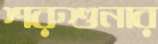
শরুশুনার